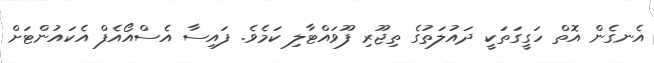
އެނގެން އޮތް ހަގީގަތަކީ ދައުލަތުގެ ތިޖޫރި ފޫވައްޓާލި ކަމެވެ. ފައިސާ އެސްއޯއެފް އެކައުންޓަށް